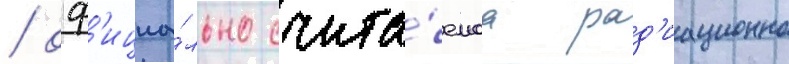
/ оф'ициа́льно счита́емаа рад'иационно